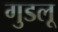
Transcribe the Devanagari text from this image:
गुडलू